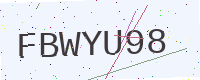
Text: FBWYU98